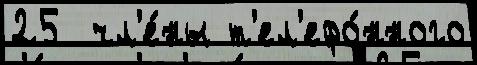
25  чл'е́ны т'ел'ефо́нного